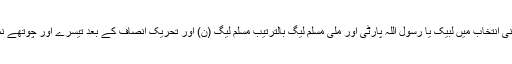
لاہور کے ضمنی انتخاب میں لبیک یا رسول اللہ پارٹی اور ملی مسلم لیگ بالترتیب مسلم لیگ (ن) اور تحریک انصاف کے بعد تیسرے اور چوتھے نمبر پر آئی ہیں۔